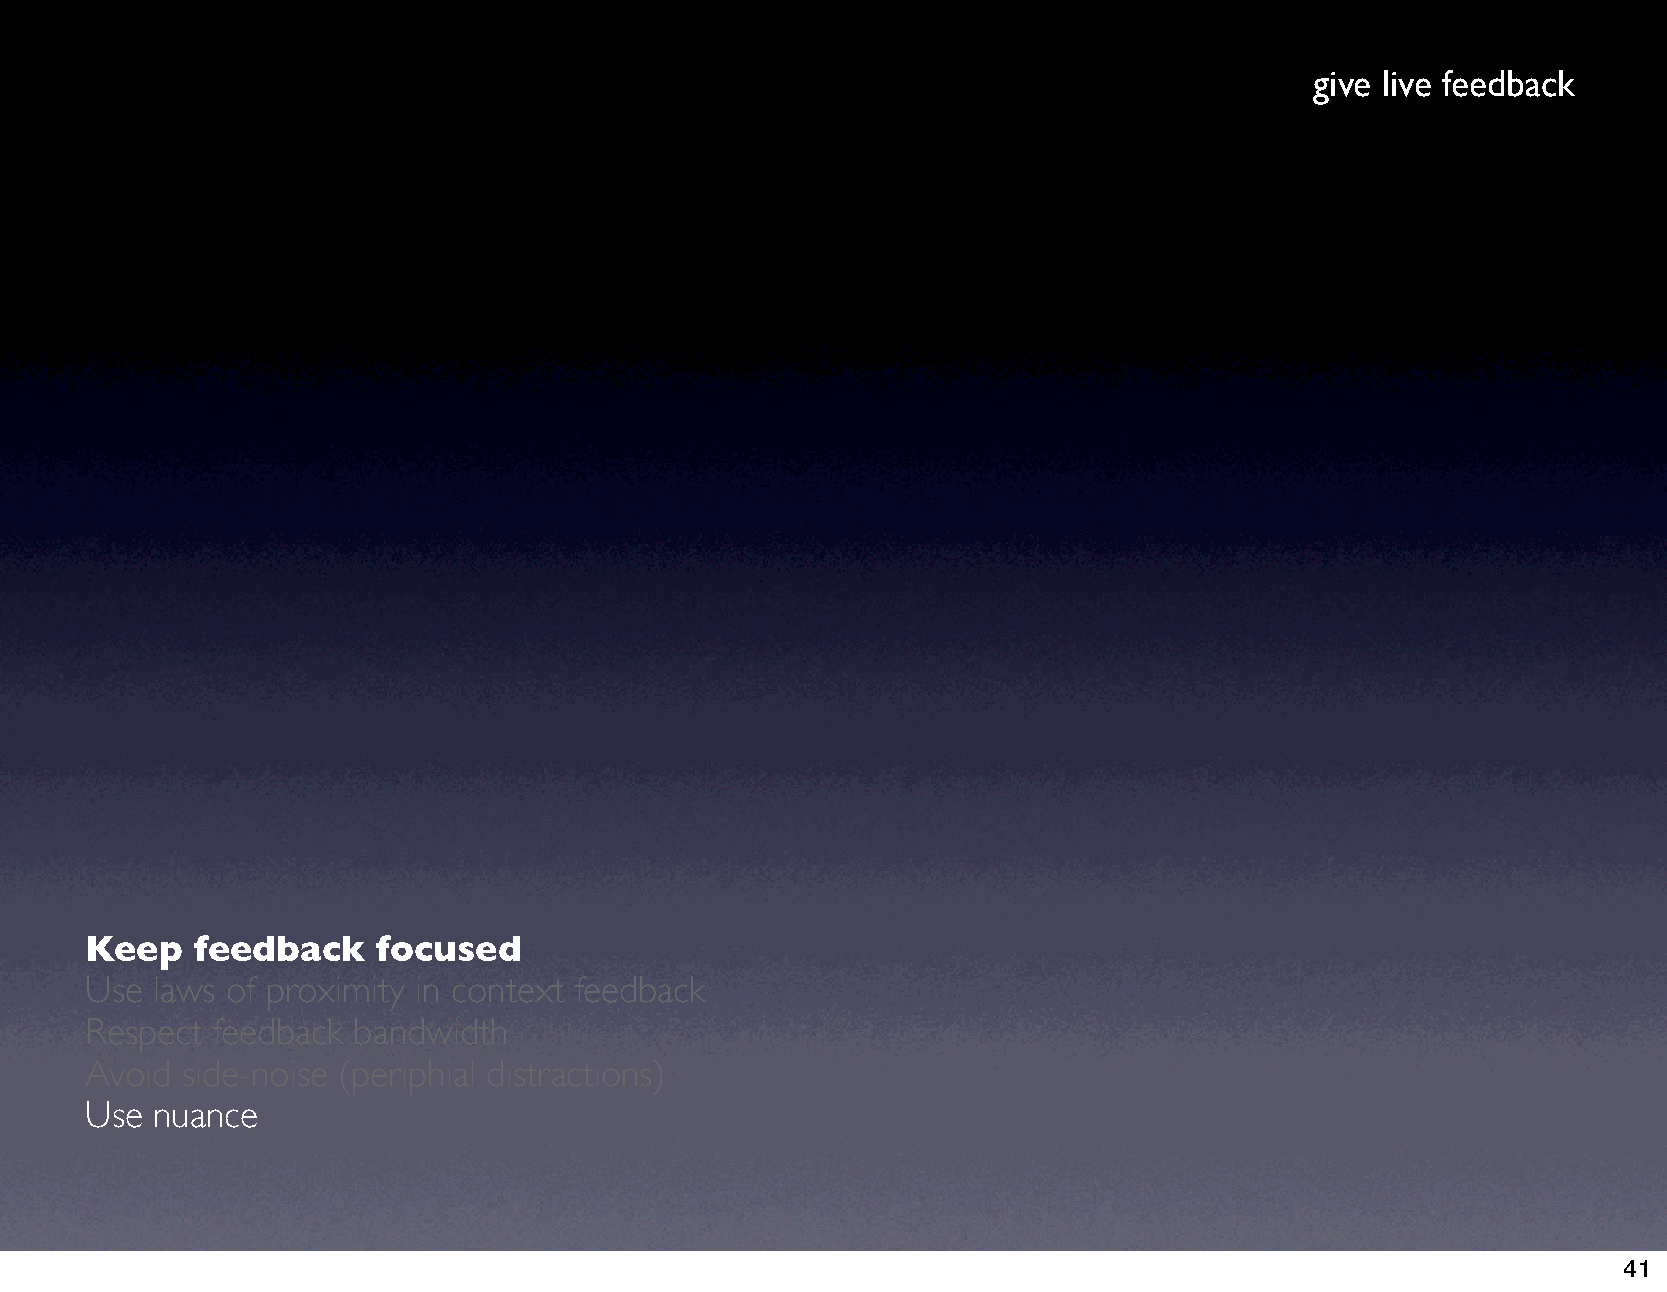
give live feedback
 Keep   feedback    focused
 Use laws of proximity in context feedback
 Respect feedback bandwidth
 Avoid side-noise (periphial distractions)
 Use nuance
 41